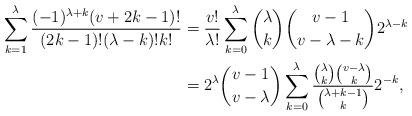
\begin{align*} \sum_{k=1}^\lambda\frac{(-1)^{\lambda+k}(v+2k-1)!}{(2k-1)!(\lambda-k)!k!} &= \frac{v!}{\lambda!}\sum_{k=0}^\lambda\binom{\lambda}{k}\binom{v-1}{v-\lambda-k}2^{\lambda-k}\\ &=2^\lambda \binom{v-1}{v-\lambda}\sum_{k=0}^{\lambda} \frac{\binom{\lambda}{k}\binom{v-\lambda}{k}}{\binom{\lambda+k-1}{k}}2^{-k},\end{align*}